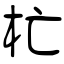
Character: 杧